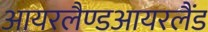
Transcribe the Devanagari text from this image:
आयरलैण्डआयरलैंड